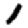
Digit: 1